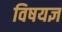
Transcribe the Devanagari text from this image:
विषयज्ञ